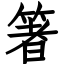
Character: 箸